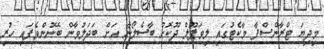
މިދިޔަ ޓްރާންސްފާ މާކެޓުގައި ލިވަޕޫލް ދޫކޮށް ބާސެލޯނާ އަށް ބަދަލުވާން ބޭނުންވެފައި ހުރި